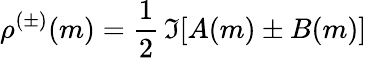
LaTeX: \rho^{(\pm)}(m)={\frac{1}{2}}\, \Im[A(m)\pm B(m)]